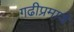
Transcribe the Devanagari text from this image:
गढीप्रमाणे